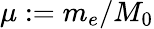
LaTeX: \mu:=m_{e}/M_{0}